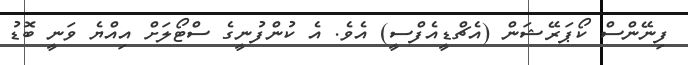
ފިނޭންސް ކޯޕަރޭޝަން (އެޗްޑީއެފްސީ) އެވެ. އެ ކުންފުނީގެ ސްޓޯލަށް އިއްޔެ ވަނީ ބޮޑު